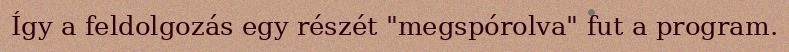
Így a feldolgozás egy részét "megspórolva" fut a program.